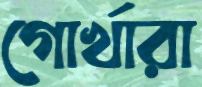
গোর্খারা